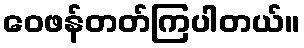
ဝေဖန်တတ်ကြပါတယ်။